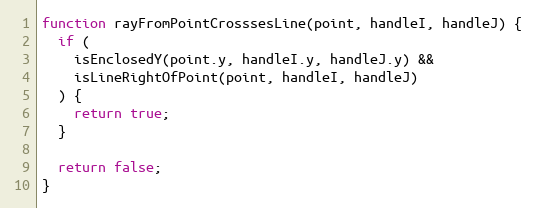
Language: JavaScript
function rayFromPointCrosssesLine(point, handleI, handleJ) {
  if (
    isEnclosedY(point.y, handleI.y, handleJ.y) &&
    isLineRightOfPoint(point, handleI, handleJ)
  ) {
    return true;
  }

  return false;
}